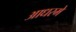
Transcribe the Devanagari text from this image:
आधरमे